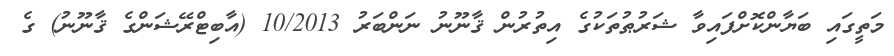
މަތީގައި ބަޔާންކޮށްފައިވާ ޝަރުޠުތަކުގެ އިތުރުން ޤާނޫނު ނަންބަރު 10/2013 (އާބިޓްރޭޝަންގެ ޤާނޫނު) ގެ